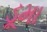
ડૂમા